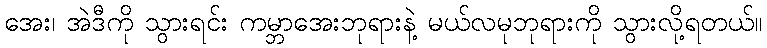
အေး၊ အဲဒီကို သွားရင်း ကမ္ဘာအေးဘုရားနဲ့ မယ်လမုဘုရားကို သွားလို့ရတယ်။